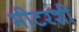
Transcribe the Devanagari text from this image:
मीटरशी